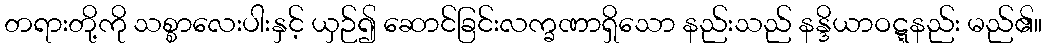
တရားတို့ကို သစ္စာလေးပါးနှင့် ယှဉ်၍ ဆောင်ခြင်းလက္ခဏာရှိသော နည်းသည် နန္ဒိယာဝဋ္ဋနည်း မည်၏။